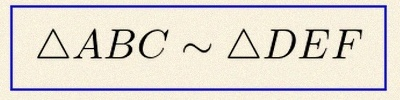
\triangle ABC\sim\triangle DEF